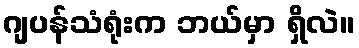
ဂျပန်သံရုံးက ဘယ်မှာ ရှိလဲ။